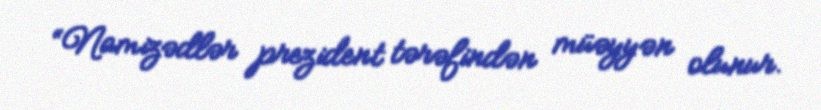
“Namizədlər prezident tərəfindən müəyyən olunur.